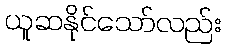
ယူဆနိုင်သော်လည်း